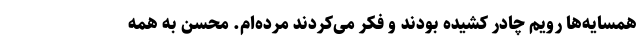
همسایه‌ها رویم چادر کشیده بودند و فکر می‌کردند مرده‌ام. محسن به همه